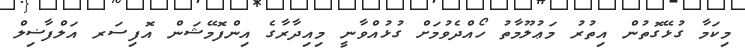
މިކަމާ ގުޅޭގޮތުން އިތުރު މަޢުލޫމާތު ހޯއްދެވުމަށް ގުޅުއްވާނީ މިއިދާރާގެ އިންފޮމޭޝަން އޮފިސަރ އަލްފާޟިލް